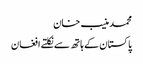
محمد منیب خان
پاکستان کے ہاتھ سے نکلتے افغان